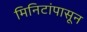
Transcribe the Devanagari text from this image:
मिनिटांपासून